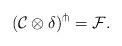
LaTeX: \begin{align*}(\mathcal{C}\otimes\delta)^{\pitchfork} = \mathcal{F}.\end{align*}